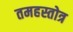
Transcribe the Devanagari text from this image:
तमहस्तोत्र